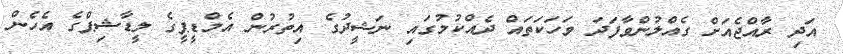
އަދި ރާއްޖެއަށް ގެއްލުންވާފަދަ ވަހަކަތައް ދެއްކުމުގައި ނަޝީދުގެ އިތުރުން އެމްޑީޕީގެެ ލީޑާޝިޕްގެ އެހެން